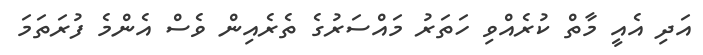
އަދި އެއީ މާތް ކުރެއްވި ހަތަރު މައްސަރުގެ ތެރެއިން ވެސް އެންމެ ފުރަތަމަ